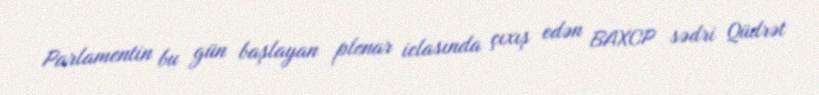
Parlamentin bu gün başlayan plenar iclasında çıxış edən BAXCP sədri Qüdrət